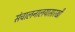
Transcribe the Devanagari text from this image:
संचालनालयासारखी